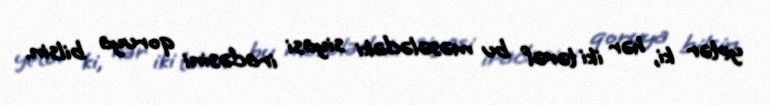
yetər ki, hər iki tərəf bu məsələdəki siyasi iradəsini qoruya bilsin.